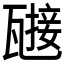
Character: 𤮌